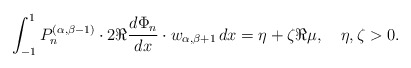
\begin{align*} \int_{-1}^1 P_n^{(\alpha,\beta-1)}\cdot2\Re\frac{d\Phi_n}{dx}\cdot w_{\alpha,\beta+1}\,dx = \eta+\zeta \Re \mu, \quad \eta,\zeta>0. \end{align*}